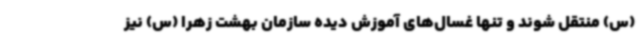
(س) منتقل شوند و تنها غسال‌های آموزش دیده سازمان بهشت زهرا (س) نیز